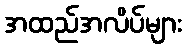
အထည်အလိပ်များ